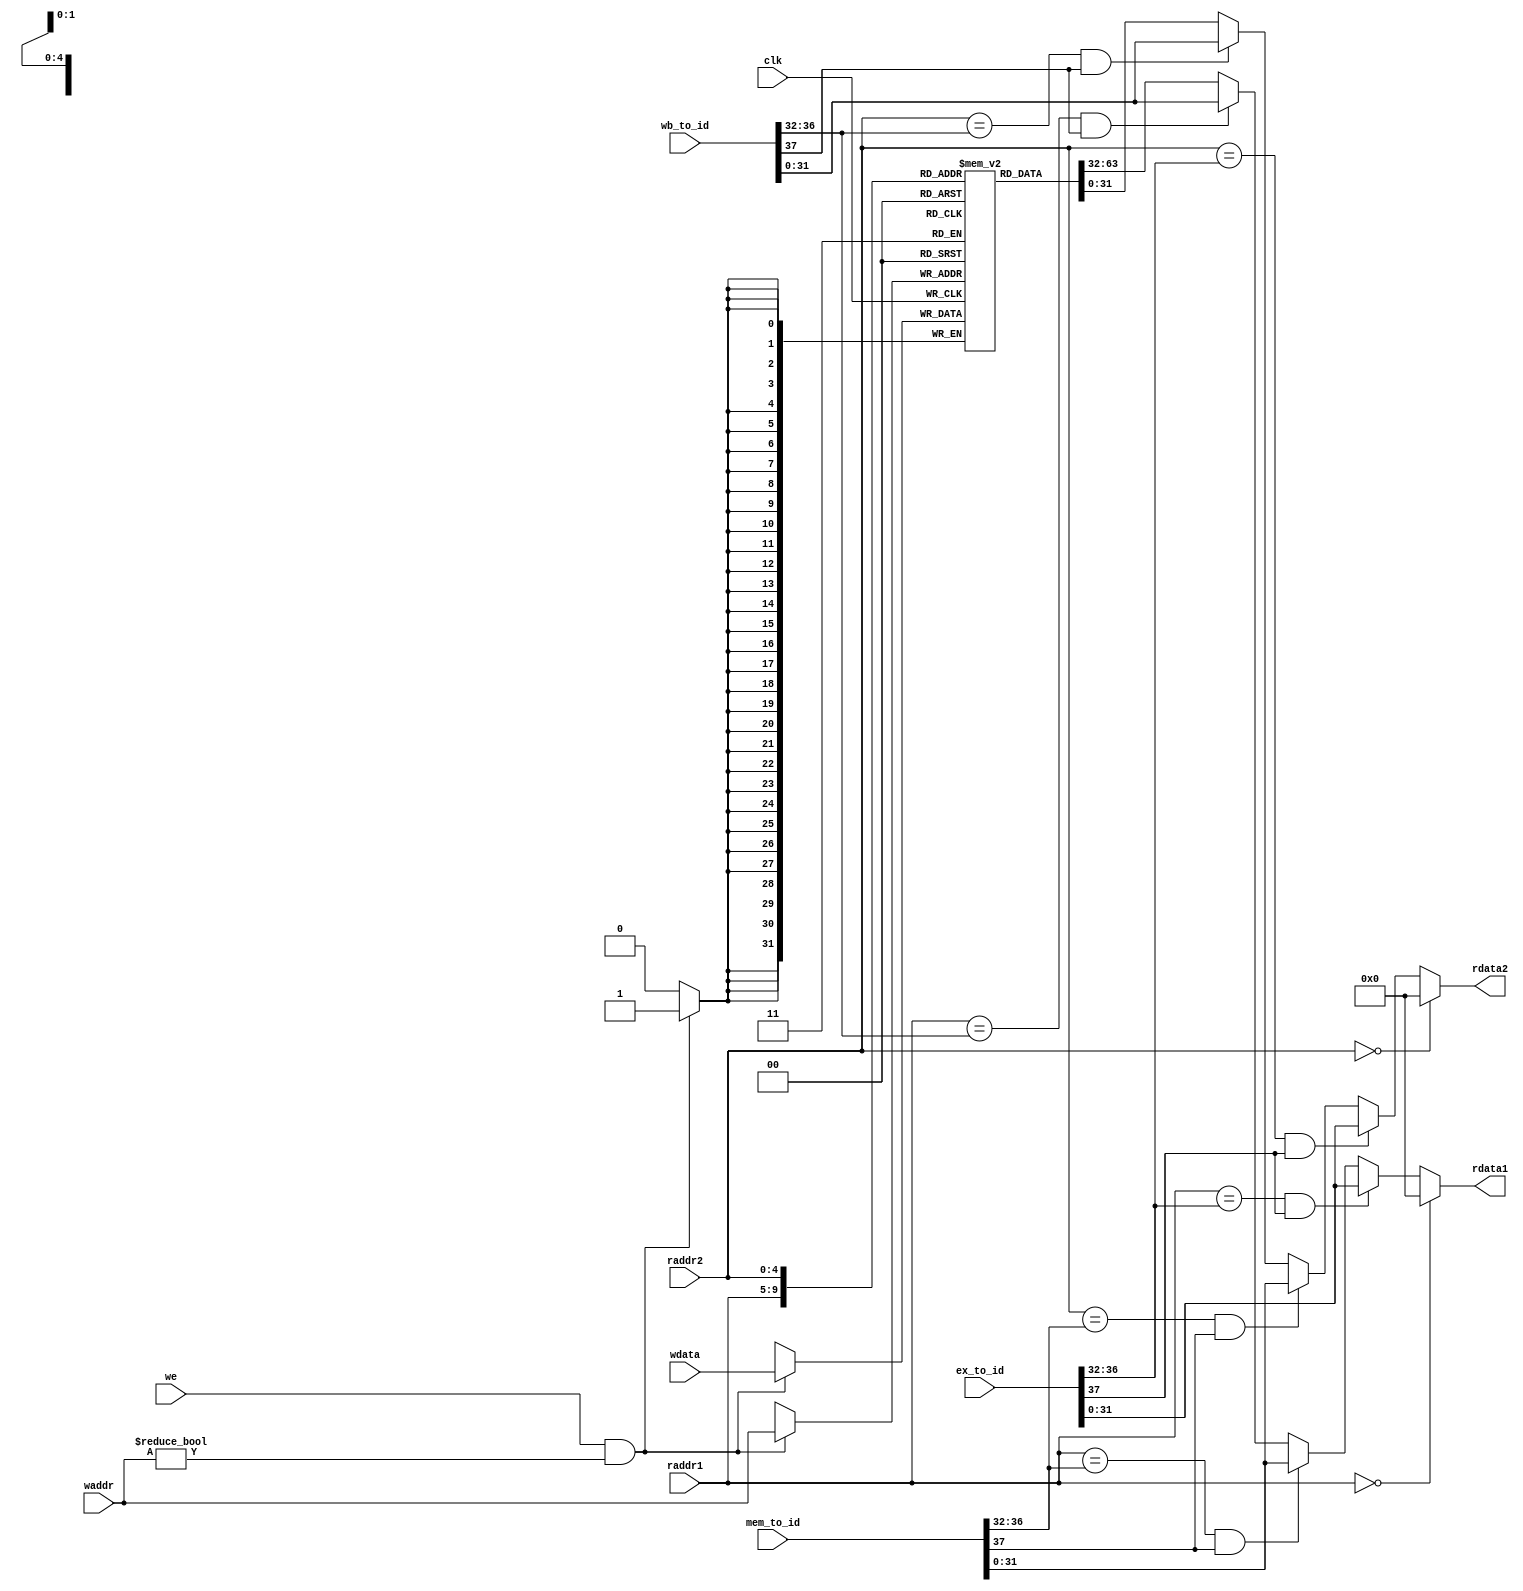
module regfile(
    input wire clk,
    input wire [4:0] raddr1,
    output wire [31:0] rdata1,
    input wire [4:0] raddr2,
    output wire [31:0] rdata2,
    
    input wire [37:0] ex_to_id,
    input wire [37:0] mem_to_id,
    input wire [37:0] wb_to_id,
    
    input wire we,
    input wire [4:0] waddr,
    input wire [31:0] wdata
);
    
    
    
    wire [31:0] ex_result;
    wire ex_rf_we;
    wire [4:0] ex_rf_waddr;
    reg [31:0] reg_array [31:0];
    wire [31:0] mem_rf_wdata;
    wire mem_rf_we;
    wire [4:0] mem_rf_waddr;
    wire [31:0] wb1_rf_wdata;
    wire wb1_rf_we;
    wire [4:0] wb1_rf_waddr;
    
    
    
    // write
    always @ (posedge clk) begin
        if (we && waddr!=5'b0) begin
            reg_array[waddr] <= wdata;
        end
    end

    
    assign {
        ex_rf_we,          // 37
        ex_rf_waddr,       // 36:32
        ex_result       // 31:0
    } = ex_to_id;
//       mem_to_id
    
    assign {
        mem_rf_we,      // 37
        mem_rf_waddr,   // 36:32
        mem_rf_wdata    // 31:0
    } = mem_to_id;
//        wb_to_id
    
    assign {
        wb1_rf_we,      // 37
        wb1_rf_waddr,   // 36:32
        wb1_rf_wdata    // 31:0
    } = wb_to_id;
    
    // read out 1
    assign rdata1 = (raddr1 == 5'b0) ? 32'b0 : 
    ((raddr1 == ex_rf_waddr)&& ex_rf_we) ? ex_result : 
    ((raddr1 == mem_rf_waddr)&& mem_rf_we) ? mem_rf_wdata : 
    ((raddr1 == wb1_rf_waddr)&& wb1_rf_we) ? wb1_rf_wdata :
//    (raddr1 ==5'b01100)?  32'b0 :
    reg_array[raddr1];
    

    // read out2
    assign rdata2 = (raddr2 == 5'b0) ? 32'b0 : 
    ((raddr2 == ex_rf_waddr)&& ex_rf_we) ? ex_result :
    ((raddr2 == mem_rf_waddr)&& mem_rf_we) ? mem_rf_wdata : 
    ((raddr2 == wb1_rf_waddr)&& wb1_rf_we) ? wb1_rf_wdata : 
    reg_array[raddr2];


//    // read out 1
//    assign rdata1 = (raddr1 == 5'b0) ? 32'b0 : reg_array[raddr1];

//    // read out2
//    assign rdata2 = (raddr2 == 5'b0) ? 32'b0 : reg_array[raddr2];
endmodule